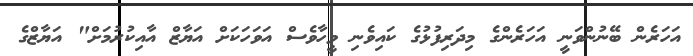
އަހަރެން ބޭނުންވަނީ އަހަރެންގެ މިދަރިފުޅުގެ ކައިވެނި ވީހާވެސް އަވަހަކަށް އަޔާޒް އާއިކުރުމަށް" އަޔާޒްގެ